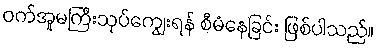
ဝက်အူမကြီးသုပ်ကျွေးရန် စီမံနေခြင်း ဖြစ်ပါသည်။